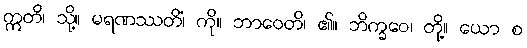
ဣတိ၊ သို့။ မရဏဿတိံ၊ ကို။ ဘာဝေတိ၊ ၏။ ဘိက္ခဝေ၊ တို့။ ယော စ